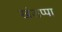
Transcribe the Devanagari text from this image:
खंडप्पा